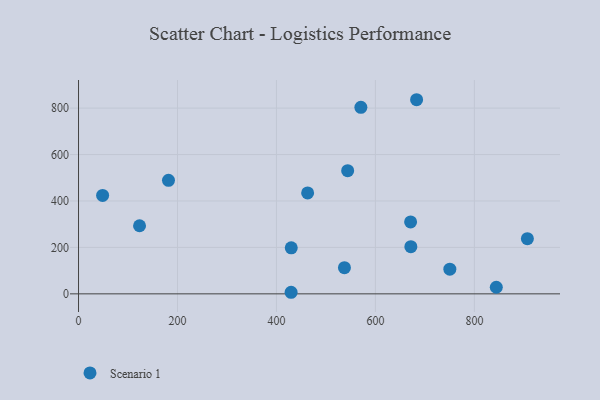
{"axis": {"x": "Investment", "y": "Yield"}, "legend": ["Scenario 1"], "data": [{"x": "429.6", "y": 6.8, "type": "Scenario 1"}, {"x": "429.9", "y": 198.4, "type": "Scenario 1"}, {"x": "543.9", "y": 530.5, "type": "Scenario 1"}, {"x": "671.6", "y": 203.1, "type": "Scenario 1"}, {"x": "671.1", "y": 309.8, "type": "Scenario 1"}, {"x": "123.3", "y": 293.3, "type": "Scenario 1"}, {"x": "48.7", "y": 424.1, "type": "Scenario 1"}, {"x": "907.1", "y": 237.8, "type": "Scenario 1"}, {"x": "537.4", "y": 112.9, "type": "Scenario 1"}, {"x": "463.0", "y": 434.5, "type": "Scenario 1"}, {"x": "570.6", "y": 803.4, "type": "Scenario 1"}, {"x": "750.4", "y": 106.5, "type": "Scenario 1"}, {"x": "844.3", "y": 28.4, "type": "Scenario 1"}, {"x": "181.8", "y": 489.0, "type": "Scenario 1"}, {"x": "683.2", "y": 836.1, "type": "Scenario 1"}]}